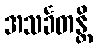
အသင်္ခတန္တိ